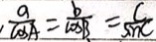
\frac { a } { \cos A } = \frac { b } { \cos B } = \frac { c } { \sin C }